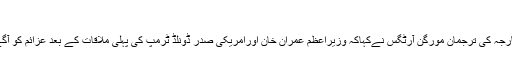
امریکہ
واشنگٹن:امریکی محکمہ خارجہ کی ترجمان مورگن آرٹگس نےکہاکہ وزیراعظم عمران خان اورامریکی صدر ڈونلڈ ٹرمپ کی پہلی ملاقات کے بعد عزائم کو آگے بڑھانے کا وقت آگیا ہے۔